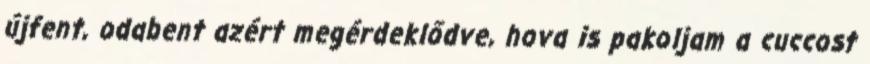
újfent, odabent azért megérdeklődve, hova is pakoljam a cuccost